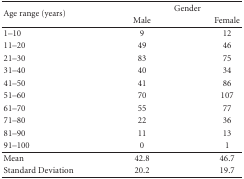
<table><thead><tr><td rowspan="2"><b>Age range (years)</b></td><td colspan="2"><b>Gender</b></td></tr><tr><td><b>Male</b></td><td><b>Female</b></td></tr></thead><tbody><tr><td>1–10</td><td>9</td><td>12</td></tr><tr><td>11–20</td><td>49</td><td>46</td></tr><tr><td>21–30</td><td>83</td><td>75</td></tr><tr><td>31–40</td><td>40</td><td>34</td></tr><tr><td>41–50</td><td>41</td><td>86</td></tr><tr><td>51–60</td><td>70</td><td>107</td></tr><tr><td>61–70</td><td>55</td><td>77</td></tr><tr><td>71–80</td><td>22</td><td>36</td></tr><tr><td>81–90</td><td>11</td><td>13</td></tr><tr><td>91–100</td><td>0</td><td>1</td></tr><tr><td>Mean</td><td>42.8</td><td>46.7</td></tr><tr><td>Standard Deviation</td><td>20.2</td><td>19.7</td></tr></tbody></table>